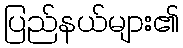
ပြည်နယ်များ၏